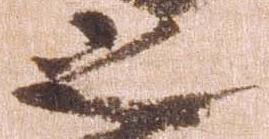
之